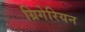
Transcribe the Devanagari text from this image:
ग्रिगेरियन